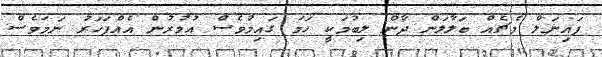
ފައިނަލް މެޗެއް ބަލާލަން ދާން ލިބުމަކީ ހަމަ ގައިމުވެސް އުމުރުން އެއްފަހަރު ނަމަވެސް